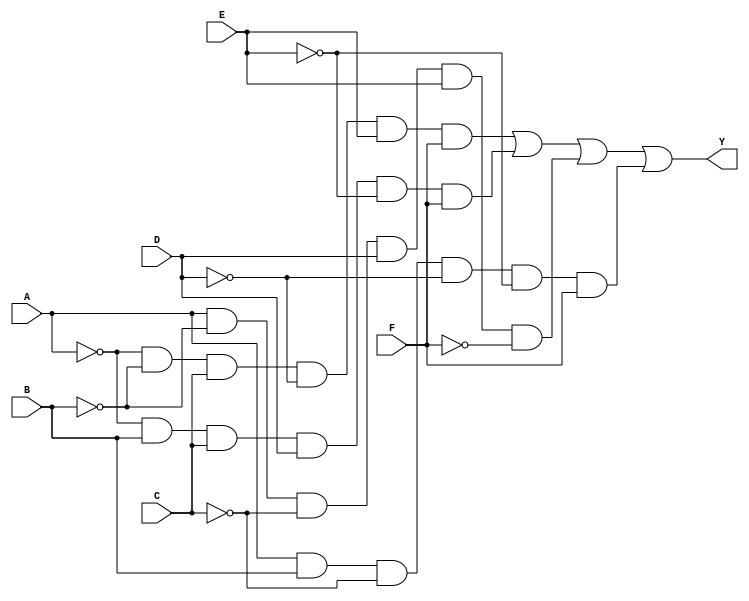
module six_variable_kmap (
    input wire A,  // First variable
    input wire B,  // Second variable
    input wire C,  // Third variable
    input wire D,  // Fourth variable
    input wire E,  // Fifth variable
    input wire F,  // Sixth variable
    output wire Y  // Output minimized function
);

// Intermediate signals for K-map simplification
wire term1, term2, term3, term4; // Add more terms as needed

// Example terms to represent the K-map simplifications
assign term1 = (~A & ~B & C & ~D & E & F); // Example minterm
assign term2 = (~A & B & C & D & ~E & F);  // Example minterm
assign term3 = (A & ~B & ~C & D & E & ~F); // Example minterm
assign term4 = (A & B & ~C & ~D & ~E & F); // Example minterm
// Continue defining terms based on your K-map groups

// Final output assignment combining the groups using OR operation
assign Y = term1 | term2 | term3 | term4; // Combine all product terms

endmodule